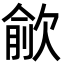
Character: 歈